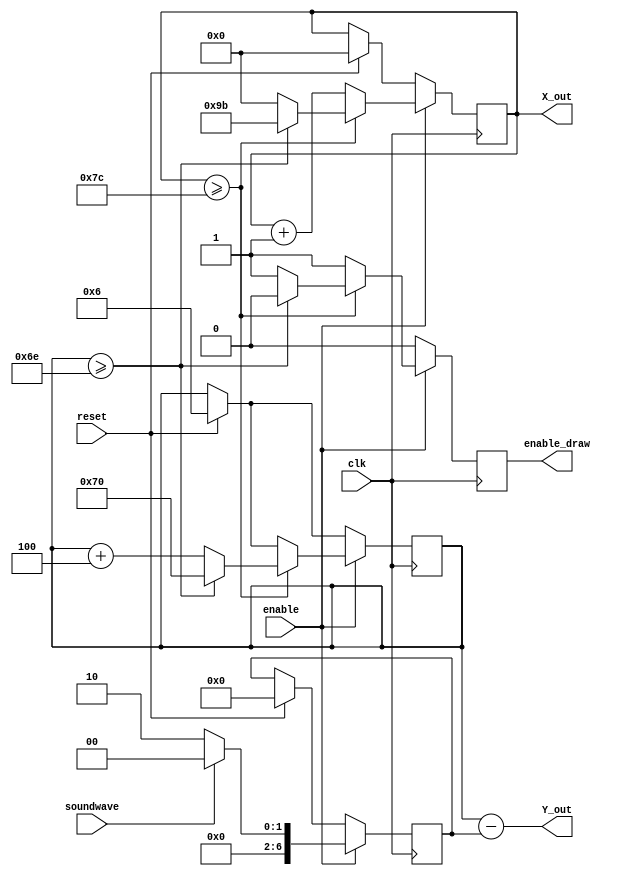
module draw_increment(clk, enable, reset, soundwave, enable_draw,X_out,Y_out);

  input clk, enable, reset, soundwave;
  output reg enable_draw;
  output [7:0] X_out;
  output [6:0] Y_out;
  reg [7:0] X_;
  reg [6:0] Y_;
  wire [6:0] y_increase =7'd4;
  reg [6:0] y_shift;

  always@(posedge clk) begin
      if (reset) begin
        X_ <= 8'd0;
        Y_ <= 7'd6;
        enable_draw <= 1'b0;
        y_shift <= 7'd0;
        end

      if (enable) begin
        X_ <= X_ + 1;

        if (X_ >= 8'd124)
          begin

          if(Y_>= 7'd110)
            begin
            X_ <= 8'd155;
            Y_ <= 7'd112;
            enable_draw <= 1'b0;
            end
          else
			      begin
				    enable_draw <= 1'b1;
            X_ <= 8'd0;
				    Y_ <= Y_ + y_increase;
			      end
			     end

			   else
				    enable_draw <= 1'b1;

        if(soundwave)
          y_shift<=7'd0;
        else
          y_shift<=7'd2;
        end

      else
        enable_draw <= 1'b0;
    end

    assign X_out = X_;
    assign Y_out = Y_ - y_shift;


endmodule